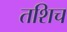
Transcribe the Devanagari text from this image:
तशिच